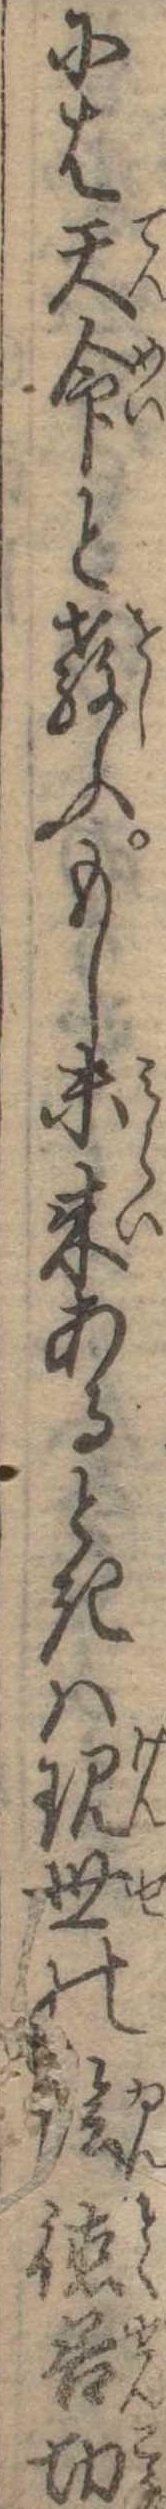
には天命と教ふもし未来あるときは現世の陰徳善功